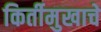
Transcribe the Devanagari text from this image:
किर्तीमुखाचे